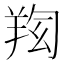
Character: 𦍿